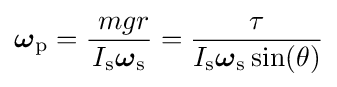
{\boldsymbol {\omega }}_{\mathrm {p} }={\frac {\ mgr}{I_{\mathrm {s} }{\boldsymbol {\omega }}_{\mathrm {s} }}}={\frac {\tau }{I_{\mathrm {s} }{\boldsymbol {\omega }}_{\mathrm {s} }\sin(\theta )}}